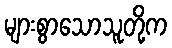
များစွာသောသူတို့က